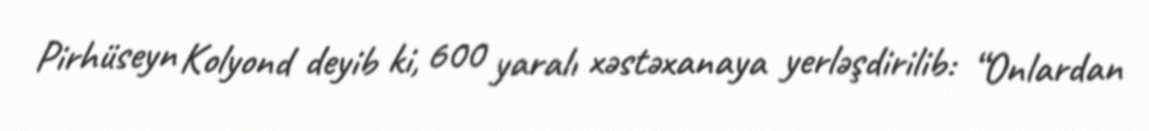
Pirhüseyn Kolyond deyib ki, 600 yaralı xəstəxanaya yerləşdirilib: “Onlardan